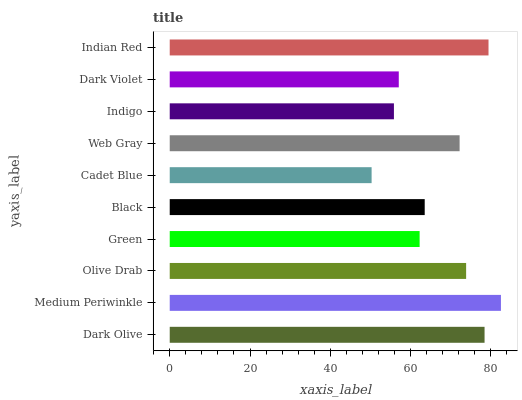
| yaxis_label | bars |
 | --- | --- |
 | Dark Olive | 78.4 |
 | Medium Periwinkle | 82.5 |
 | Olive Drab | 73.8 |
 | Green | 62.3 |
 | Black | 63.5 |
 | Cadet Blue | 50.3 |
 | Web Gray | 72.2 |
 | Indigo | 55.8 |
 | Dark Violet | 57.1 |
 | Indian Red | 79.4 |